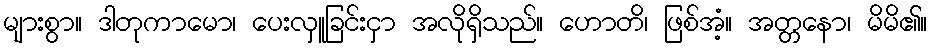
များစွာ။ ဒါတုကာမော၊ ပေးလှူခြင်းငှာ အလိုရှိသည်။ ဟောတိ၊ ဖြစ်အံ့။ အတ္တနော၊ မိမိ၏။